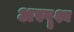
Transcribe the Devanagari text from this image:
अस्पॄश्य